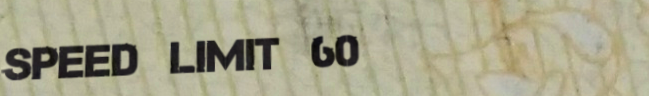
speed limit 60